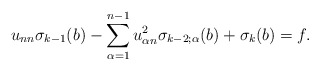
\begin{align*}u_{nn} \sigma_{k - 1} (b) - \sum_{\alpha = 1}^{n-1} u_{\alpha n}^2 \sigma_{k - 2; \alpha} (b) + \sigma_k (b) = f.\end{align*}